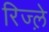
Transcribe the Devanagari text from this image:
रिज्ल़े